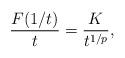
LaTeX: \begin{align*}\frac{F(1/t)}{t} = \frac{K}{t^{1/p}},\end{align*}